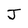
Character: J